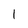
Character: l